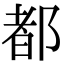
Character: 都